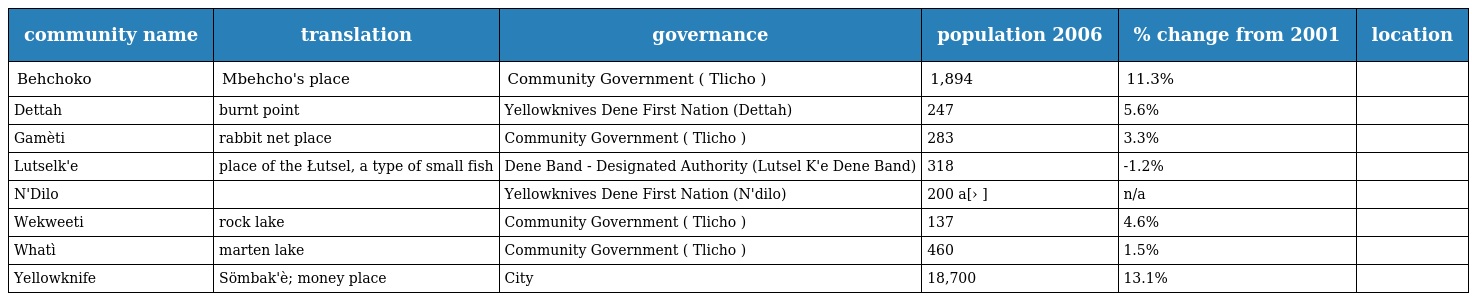
| community name | translation | governance | population 2006 | % change from 2001 | location |
 | --- | --- | --- | --- | --- | --- |
 | Behchoko | Mbehcho's place | Community Government ( Tlicho ) | 1,894 | 11.3% |  |
 | Dettah | burnt point | Yellowknives Dene First Nation (Dettah) | 247 | 5.6% |  |
 | Gamèti | rabbit net place | Community Government ( Tlicho ) | 283 | 3.3% |  |
 | Lutselk'e | place of the Łutsel, a type of small fish | Dene Band - Designated Authority (Lutsel K'e Dene Band) | 318 | -1.2% |  |
 | N'Dilo |  | Yellowknives Dene First Nation (N'dilo) | 200 a[› ] | n/a |  |
 | Wekweeti | rock lake | Community Government ( Tlicho ) | 137 | 4.6% |  |
 | Whatì | marten lake | Community Government ( Tlicho ) | 460 | 1.5% |  |
 | Yellowknife | Sömbak'è; money place | City | 18,700 | 13.1% |  |